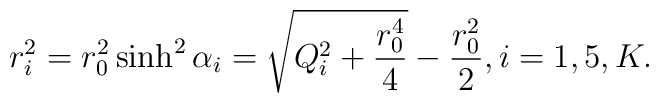
r_i^2 = r_0^2 \sinh^2 \alpha_i = \sqrt{Q_i^2 + {r_0^4 \over 4}} - {r_0^2 \over 2}, i = 1, 5, K.